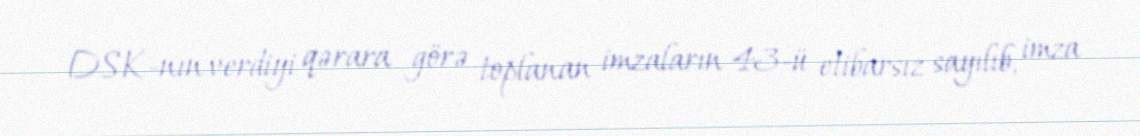
DSK-nın verdiyi qərara görə toplanan imzaların 43-ü etibarsız sayılıb, imza